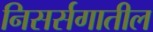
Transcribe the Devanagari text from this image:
निसर्सगातील